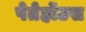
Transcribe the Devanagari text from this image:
पेतेर्होउस